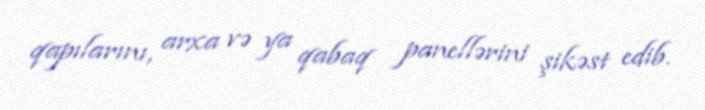
qapılarını, arxa və ya qabaq panellərini şikəst edib.